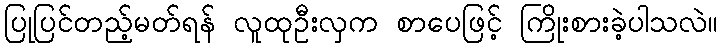
ပြုပြင်တည့်မတ်ရန် လူထုဦးလှက စာပေဖြင့် ကြိုးစားခဲ့ပါသလဲ။